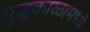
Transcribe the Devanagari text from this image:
युद्धकाळामध्ये